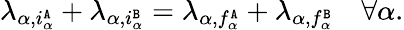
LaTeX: \lambda_{\alpha,i_{\alpha}^{\tt A}}+\lambda_{\alpha,i_{\alpha}^{\tt B}}=\lambda_{\alpha,f_{\alpha}^{\tt A}}+\lambda_{\alpha,f_{\alpha}^{\tt B}}\quad\forall\alpha.